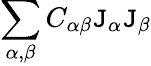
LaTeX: \sum_{\alpha,\beta}C_{\alpha\beta}\mathtt{J}_{\alpha}\mathtt{J}_{\beta}